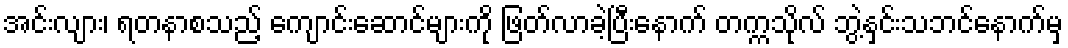
အင်းလျား၊ ရတနာစသည့် ကျောင်းဆောင်များကို ဖြတ်လာခဲ့ပြီးနောက် တက္ကသိုလ် ဘွဲ့နှင်းသဘင်နောက်မှ